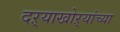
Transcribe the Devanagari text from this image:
दऱ्याखोऱ्यांच्या